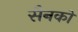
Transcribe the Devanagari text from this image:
सैनको